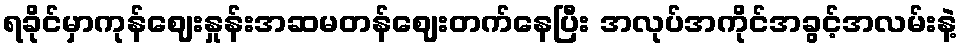
ရခိုင်မှာကုန်ဈေးနှုန်းအဆမတန်ဈေးတက်နေပြီး အလုပ်အကိုင်အခွင့်အလမ်းနဲ့